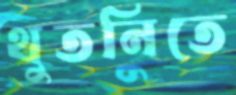
থুতনিতে